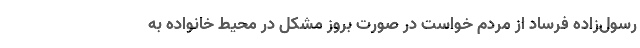
رسول‌زاده فرساد از مردم خواست در صورت بروز مشکل در محیط خانواده به